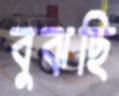
বুঝছি